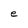
Character: e